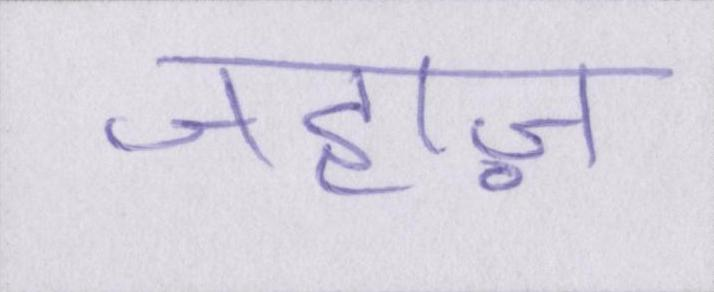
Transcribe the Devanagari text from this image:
जहाज़